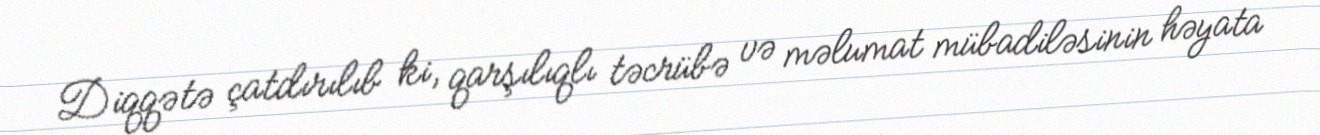
Diqqətə çatdırılıb ki, qarşılıqlı təcrübə və məlumat mübadiləsinin həyata